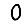
Digit: 0